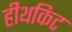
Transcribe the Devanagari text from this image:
हीथकिट